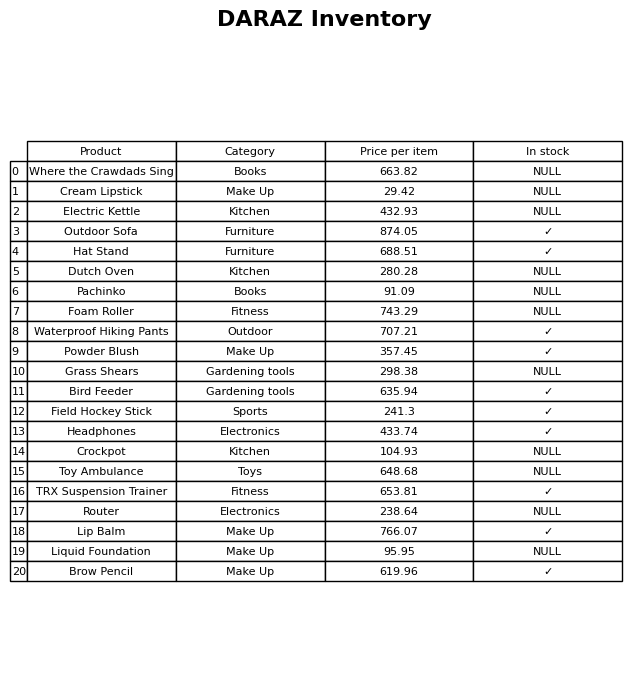
question: What is the price for Where the Crawdads Sing?
answer: The price of Where the Crawdads Sing is 663.82.